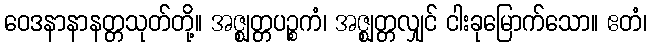
ဝေဒနာနာနတ္တသုတ်တို့။ အဇ္ဈတ္တပဉ္စကံ၊ အဇ္ဈတ္တလျှင် ငါးခုမြောက်သော။ ဧတံ၊